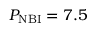
P _ { \mathrm { N B I } } = 7 . 5